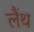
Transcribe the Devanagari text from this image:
लैंथ